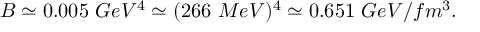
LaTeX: B \simeq 0 . 0 0 5 \ G e V ^ { 4 } \simeq ( 2 6 6 \ M e V ) ^ { 4 } \simeq 0 . 6 5 1 \ G e V / f m ^ { 3 } .